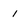
Character: 1